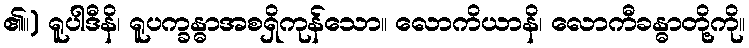
၏။) ရူပါဒီနိ၊ ရူပက္ခန္ဓာအစရှိကုန်သော။ လောကိယာနိ၊ လောကီခန္ဓာတို့ကို။